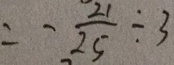
= - \frac { 2 1 } { 2 5 } \div 3